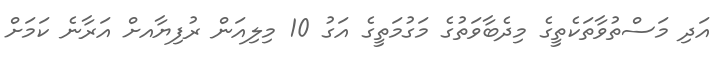
އަދި މަސްތުވާތަކެތީގެ މިދެބާވަތުގެ މަގުމަތީގެ އަގު 10 މިލިއަން ރުފިޔާއށް އަރާނެ ކަމަށް